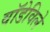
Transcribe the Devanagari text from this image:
वॉडेविले